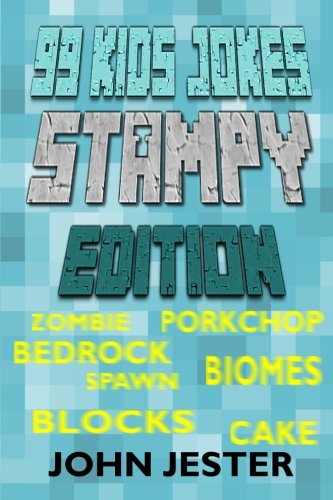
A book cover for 99 Kids Jokes - Stampy Edition; John Jester; Humor & Entertainment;